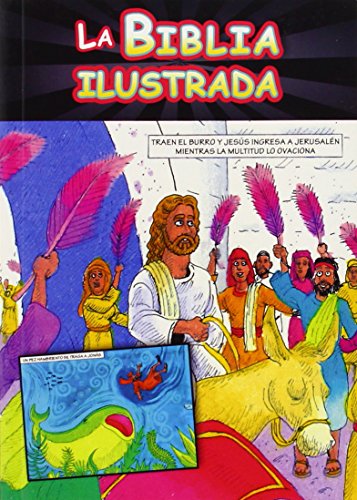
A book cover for LA BIBLIA ILUSTRADA (Spanish Edition); Rob Suggs; Children's Books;